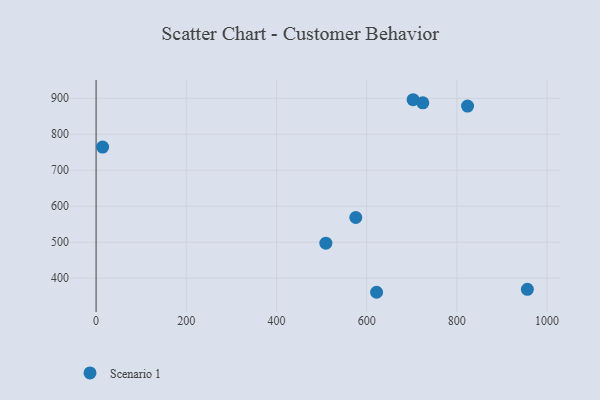
{"axis": {"x": "Investment", "y": "Sales"}, "legend": ["Scenario 1"], "data": [{"x": "724.5", "y": 887.3, "type": "Scenario 1"}, {"x": "823.8", "y": 878.3, "type": "Scenario 1"}, {"x": "956.4", "y": 368.9, "type": "Scenario 1"}, {"x": "622.0", "y": 360.8, "type": "Scenario 1"}, {"x": "575.9", "y": 568.7, "type": "Scenario 1"}, {"x": "703.0", "y": 896.0, "type": "Scenario 1"}, {"x": "509.5", "y": 497.2, "type": "Scenario 1"}, {"x": "14.5", "y": 764.5, "type": "Scenario 1"}]}